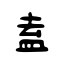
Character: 盍